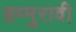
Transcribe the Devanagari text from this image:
हम्मुरावी